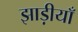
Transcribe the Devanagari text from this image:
झाड़ीयाँ